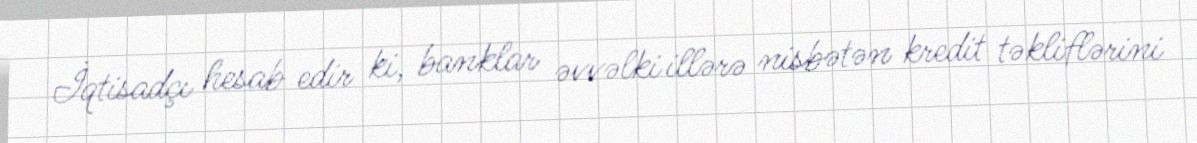
İqtisadçı hesab edir ki, banklar əvvəlki illərə nisbətən kredit təkliflərini